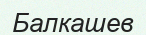
Балкашев